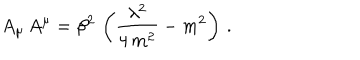
LaTeX: A _ { \mu } \, A ^ { \mu } = \beta ^ { 2 } \, \left( \frac { \lambda ^ { 2 } } { 4 \, m ^ { 2 } } - m ^ { 2 } \right) \, .